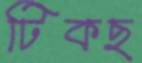
টিকছ